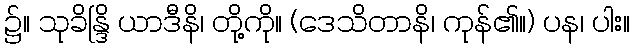
၌။ သုခိန္ဒြိ ယာဒီနိ၊ တို့ကို။ (ဒေသိတာနိ၊ ကုန်၏။) ပန၊ ပါး။